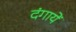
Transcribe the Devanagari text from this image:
दंगायें